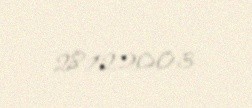
28.12.2003